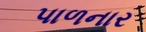
પાળનાર